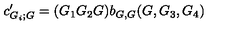
c _ { G _ { i } ; G } ^ { \prime } = ( G _ { 1 } G _ { 2 } G ) b _ { G , G } ( G , G _ { 3 } , G _ { 4 } )